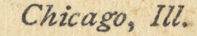
Chicago, Ill.